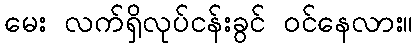
မေး လက်ရှိလုပ်ငန်းခွင် ဝင်နေလား။